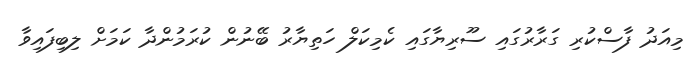
މިއަދު ފާސްކުރި ގަރާރުގައި ސޫރިޔާގައި ކެމިކަލް ހަތިޔާރު ބޭނުން ކުރަމުންދާ ކަމަށް ލިބިފައިވާ